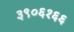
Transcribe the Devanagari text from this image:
३९०६१६६